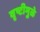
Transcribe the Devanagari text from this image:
वृष्टीमुळे